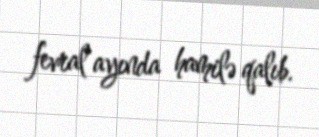
fevral ayında hamilə qalıb.